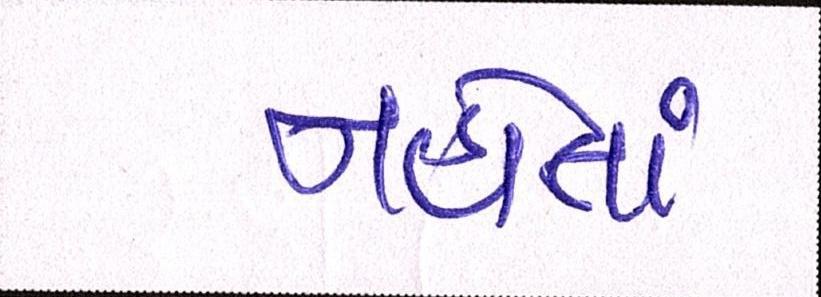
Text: નહોતાં